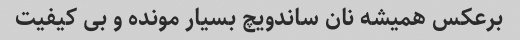
برعکس همیشه نان ساندویچ بسیار مونده و بی کیفیت